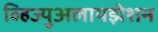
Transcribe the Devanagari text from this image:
व्हिज्युअलायझेशन